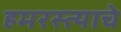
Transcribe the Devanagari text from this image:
हमरस्त्याचे